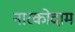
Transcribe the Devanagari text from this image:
नारकोदाम